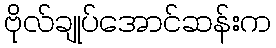
ဗိုလ်ချုပ်အောင်ဆန်းက